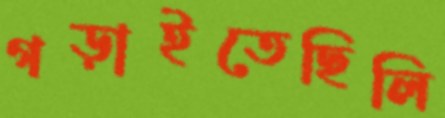
গড়াইতেছিলি